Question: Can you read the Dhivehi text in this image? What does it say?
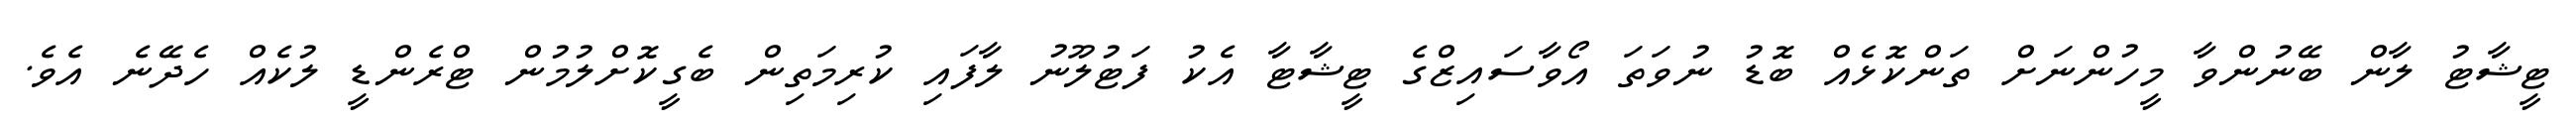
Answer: ޓީޝާޓު ލާން ބޭނުންވާ މީހުންނަށް ތަންކޮޅެއް ބޮޑު ނުވަތަ އޯވާސައިޒްގެ ޓީޝާޓާ އެކު ފަޓުލޫނު ލާފައި ކުރިމަތިން ބެގީކޮށްލުމުން ޓްރެންޑީ ލުކެއް ހެދޭނެ އެވެ.